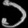
Digit: ၁